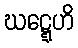
ဃဋ္ဋေဟိ